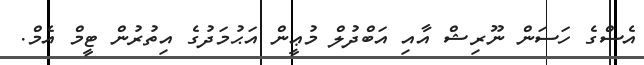
އެސްގެ ހަސަން ނޫރިޝް އާއި އަބްދުލް މުޢީން އަޙުމަދުގެ އިތުރުން ޓީމް އެމް.